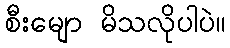
စီးမျော မိသလိုပါပဲ။